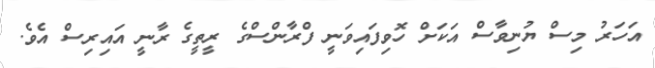
އަހަރު މިސް ޔުނިވާސް އަކަށް ހޮވިފައިވަނީ ފްރާންސްގެ ރީތީގެ ރާނީ އައިރިސް އެވެ.